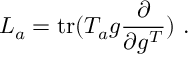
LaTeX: L _ { a } = \mathrm { t r } ( T _ { a } g \frac { \partial } { \partial g ^ { T } } ) ~ .